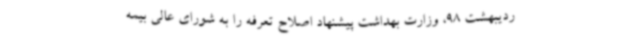
ردیبهشت 98، وزارت بهداشت پیشنهاد اصلاح تعرفه را به شورای عالی بیمه